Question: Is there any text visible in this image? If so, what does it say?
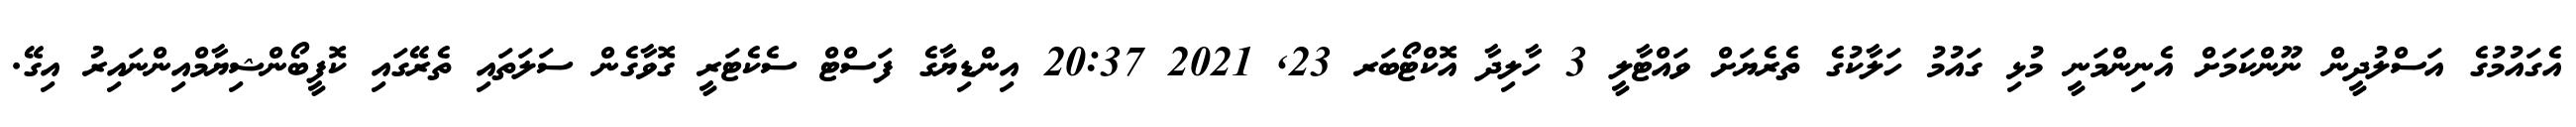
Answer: އެގައުމުގެ އަސްލުދީން ނޫންކަމަށް އެނިންމަނީ މުޅި ގައުމު ހަލާކުގެ ތެރެޔަށް ވައްޓާލީ 3 ހާލިދާ އޮކްޓޯބަރ 23, 2021 20:37 އިންޑިޔާގެ ފަސްޓް ސެކެޓަރީ ގޮވާގެން ސަލަތައި ތެރޭގައި ކޮފީބޯންޝިޔާމްއިންނައިރު އިގޭ.